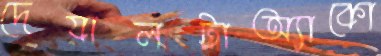
দেয়ালটাঅ্যাকো